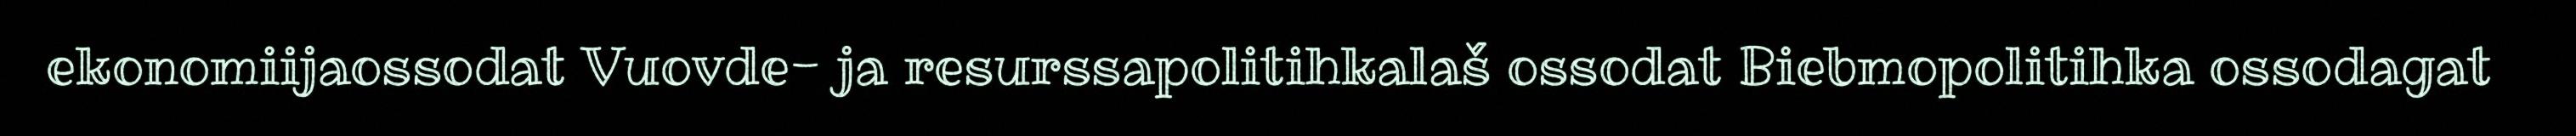
ekonomiijaossodat Vuovde- ja resurssapolitihkalaš ossodat Biebmopolitihka ossodagat